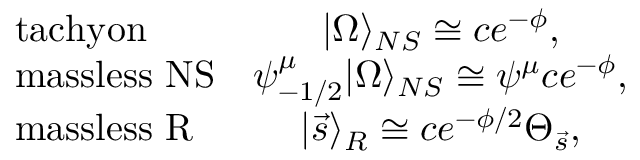
\left. \begin{array} { l c } { { \mathrm { t a c h y o n } } } & { { | \Omega \rangle _ { N S } \cong c e ^ { - \phi } , } } \\ { { \mathrm { m a s s l e s s ~ N S } } } & { { \psi _ { - 1 / 2 } ^ { \mu } | \Omega \rangle _ { N S } \cong \psi ^ { \mu } c e ^ { - \phi } , } } \\ { { \mathrm { m a s s l e s s ~ R } } } & { { | \vec { s } \rangle _ { R } \cong c e ^ { - \phi / 2 } \Theta _ { \vec { s } } , } } \end{array} \right.